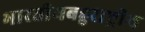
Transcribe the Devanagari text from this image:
भारतीयबहुराष्ट्रीय